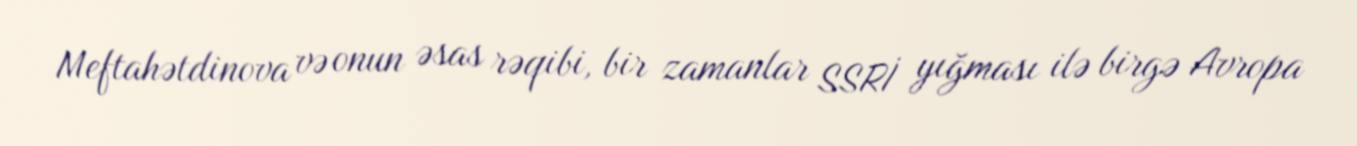
Meftahətdinova və onun əsas rəqibi, bir zamanlar SSRİ yığması ilə birgə Avropa